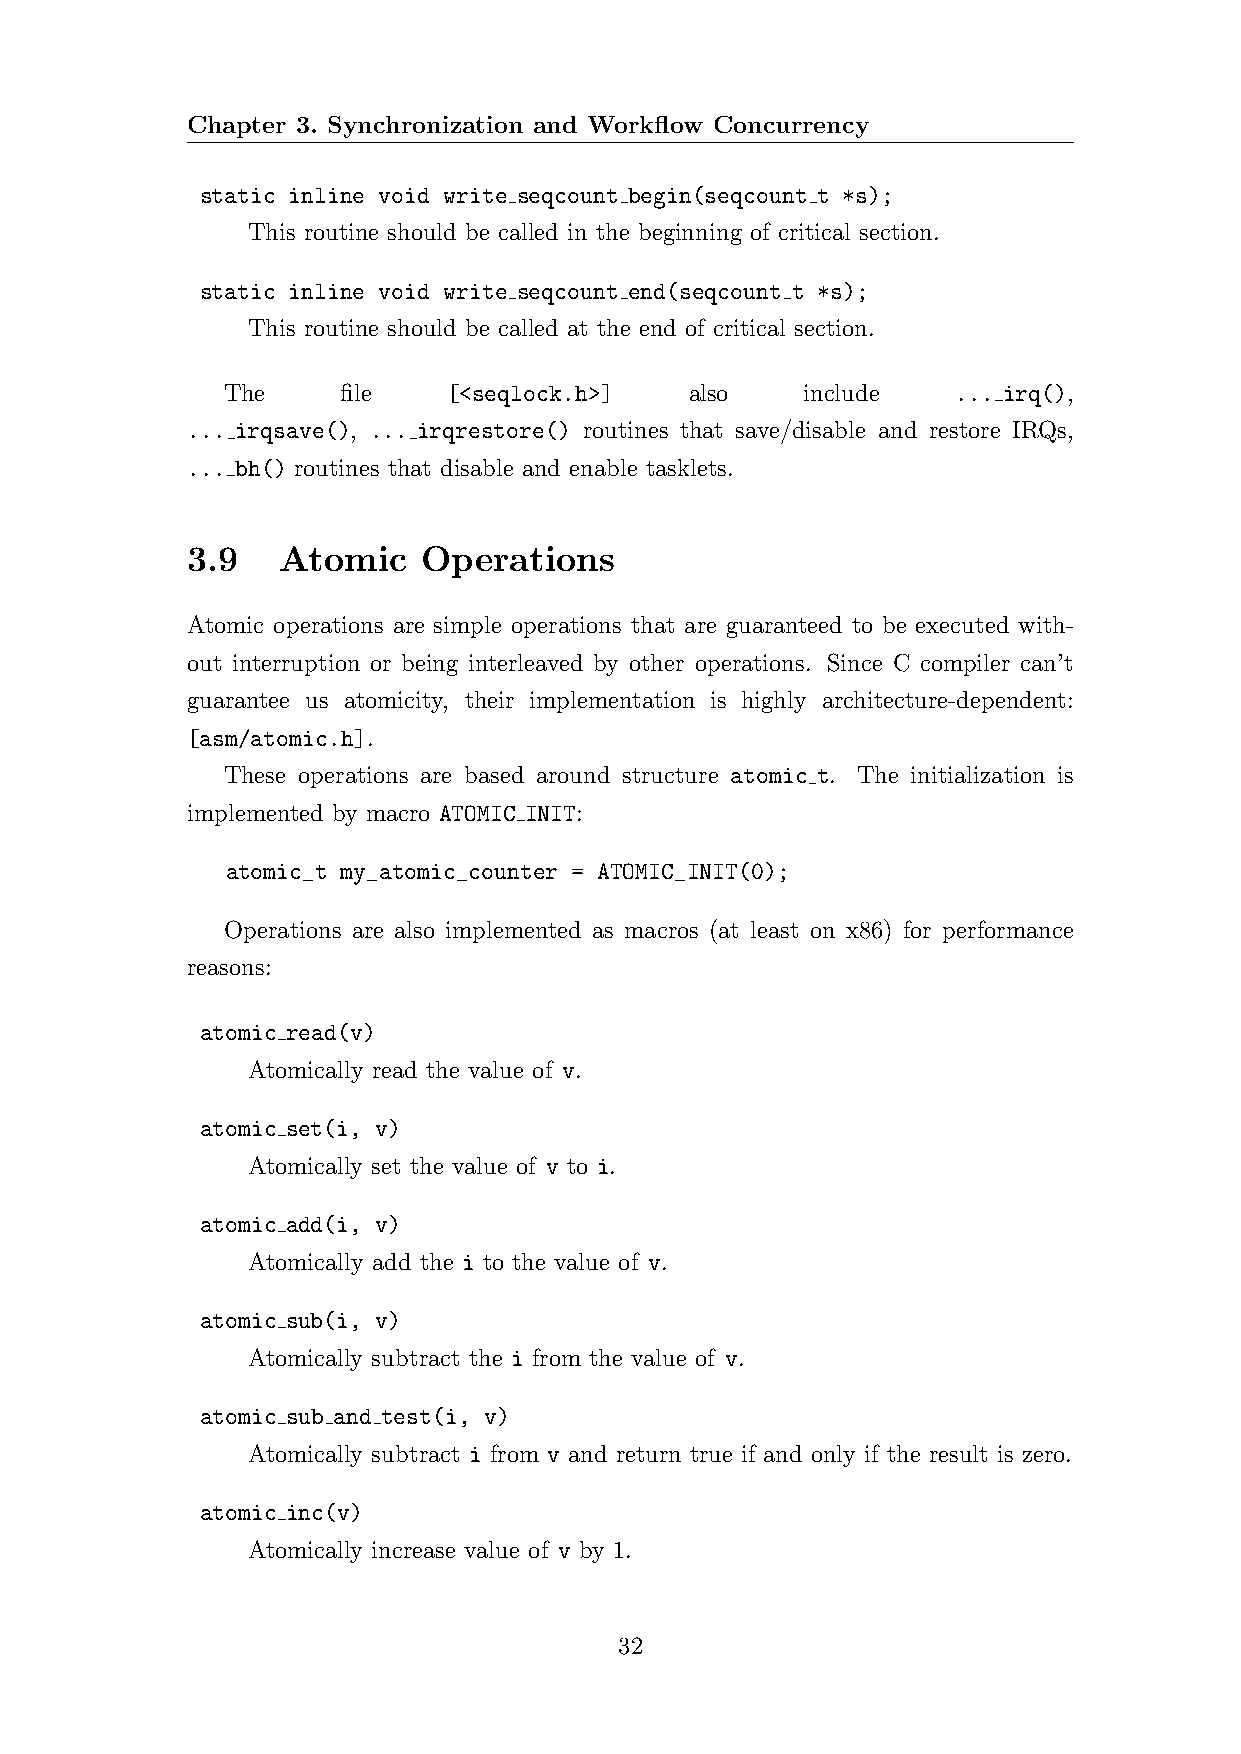
Chapter 3. Synchronization and Workflow Concurrency
 static inline void write seqcount begin(seqcount t *s);
 This routine should be called in the beginning of critical section.
 static inline void write seqcount end(seqcount t *s);
 This routine should be called at the end of critical section.
 The     file   [<seqlock.h>]   also   include   ... irq(),
 ... irqsave(), ... irqrestore() routines that save/disable and restore IRQs,
 ... bh() routines that disable and enable tasklets.
 3.9   Atomic    Operations
 Atomic operations are simple operations that are guaranteed to be executed with-
 out interruption or being interleaved by other operations. Since C compiler can’t
 guarantee us atomicity, their implementation is highly architecture-dependent:
 [asm/atomic.h].
 These operations are based around structure atomic t. The initialization is
 implemented by macro ATOMIC INIT:
 atomic_t my_atomic_counter = ATOMIC_INIT(0);
 Operations are also implemented as macros (at least on x86) for performance
 reasons:
 atomic read(v)
 Atomically read the value of v.
 atomic set(i, v)
 Atomically set the value of v to i.
 atomic add(i, v)
 Atomically add the i to the value of v.
 atomic sub(i, v)
 Atomically subtract the i from the value of v.
 atomic sub and test(i, v)
 Atomically subtract i from v and return true if and only if the result is zero.
 atomic inc(v)
 Atomically increase value of v by 1.
 32